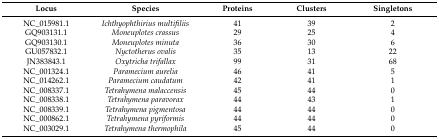
| Locus | Species | Proteins | Clusters | Singletons |
 | --- | --- | --- | --- | --- |
 | NC_015981.1 | Ichthyophthirius multifiliis | 41 | 39 | 2 |
 | GQ903131.1 | Moneuplotes crassus | 29 | 25 | 4 |
 | GQ903130.1 | Moneuplotes minuta | 36 | 30 | 6 |
 | GU057832.1 | Nyctotherus ovalis | 35 | 13 | 22 |
 | JN383843.1 | Oxytricha trifallax | 99 | 31 | 68 |
 | NC_001324.1 | Paramecium aurelia | 46 | 41 | 5 |
 | NC_014262.1 | Paramecium caudatum | 42 | 41 | 1 |
 | NC_008337.1 | Tetrahymena malaccensis | 45 | 44 | 0 |
 | NC_008338.1 | Tetrahymena paravorax | 44 | 43 | 1 |
 | NC_008339.1 | Tetrahymena pigmentosa | 44 | 44 | 0 |
 | NC_000862.1 | Tetrahymena pyriformis | 44 | 44 | 0 |
 | NC_003029.1 | Tetrahymena thermophila | 45 | 44 | 0 |